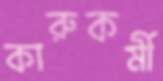
কারুকর্মী